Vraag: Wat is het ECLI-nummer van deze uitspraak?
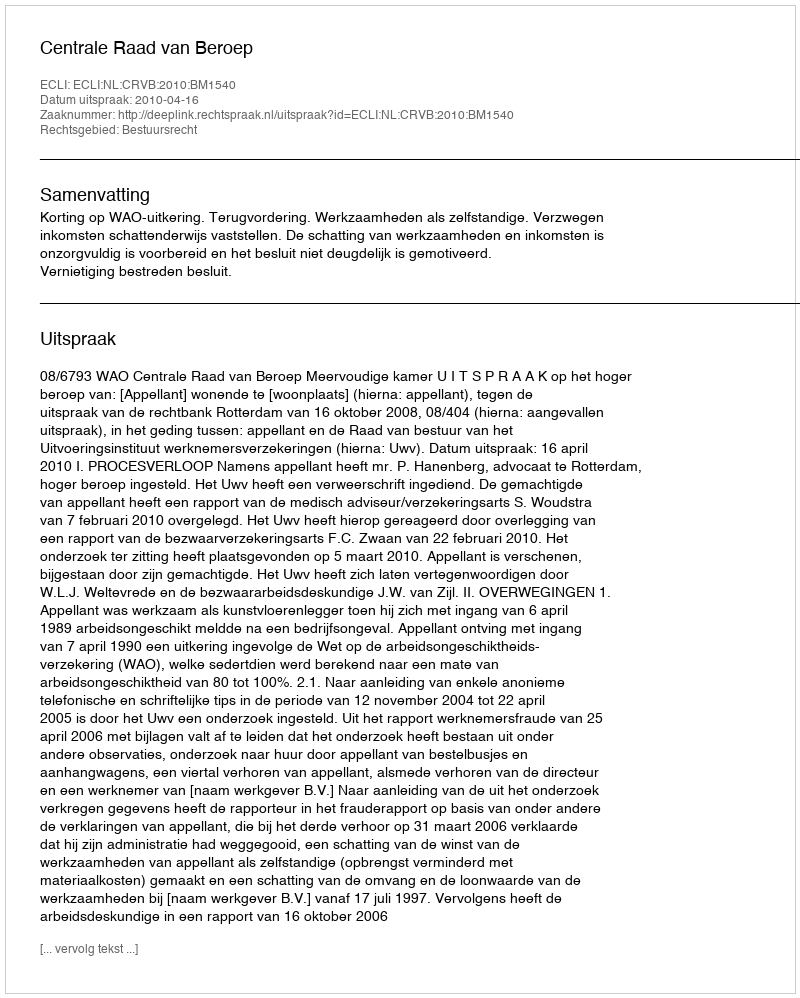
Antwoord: ECLI:NL:CRVB:2010:BM1540